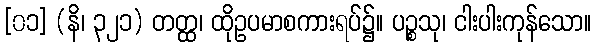
[၀၁] (နိ၊ ၃၂၁) တတ္ထ၊ ထိုဥပမာစကားရပ်၌။ ပဉ္စသု၊ ငါးပါးကုန်သော။